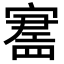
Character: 𪧪